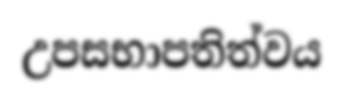
උපසභාපතිත්වය